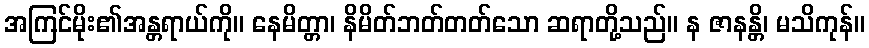
အကြင်မိုး၏အန္တရာယ်ကို။ နေမိတ္တာ၊ နိမိတ်ဘတ်တတ်သော ဆရာတို့သည်။ န ဇာနန္တိ၊ မသိကုန်။